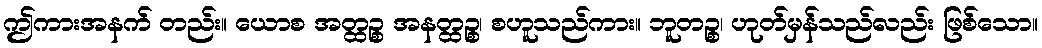
ဤကားအနက် တည်း။ ယောစ အတ္ထဉ္စ အနတ္ထဉ္စ၊ စဟူသည်ကား။ ဘူတဉ္စ၊ ဟုတ်မှန်သည်လည်း ဖြစ်သော။